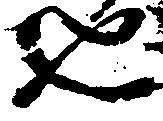
也